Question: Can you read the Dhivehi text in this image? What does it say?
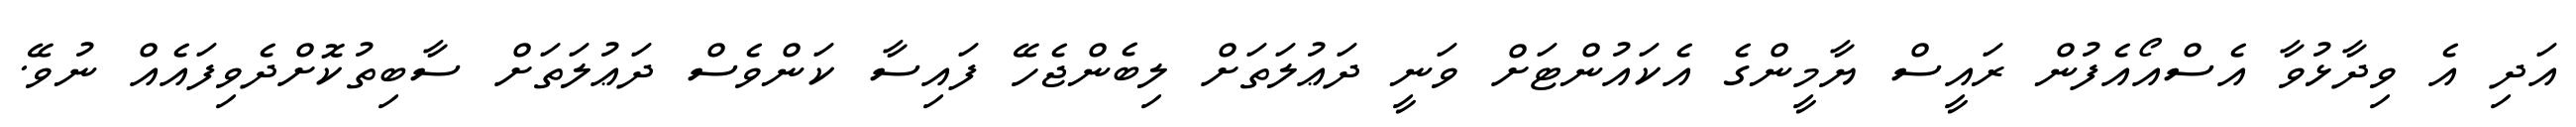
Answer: އަދި އެ ވިދާޅުވާ އެސްއޯއެފުން ރައީސް ޔާމީންގެ އެކައުންޓަށް ވަނީ ދަޢުލަތަށް ލިބެންޖެހޭ ފައިސާ ކަންވެސް ދަޢުލަތަށް ސާބިތުކޮށްދެވިފައެއް ނުވޭ.